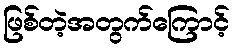
ဖြစ်တဲ့အတွက်ကြောင့်